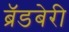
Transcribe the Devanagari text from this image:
ब्रॅडबेरी